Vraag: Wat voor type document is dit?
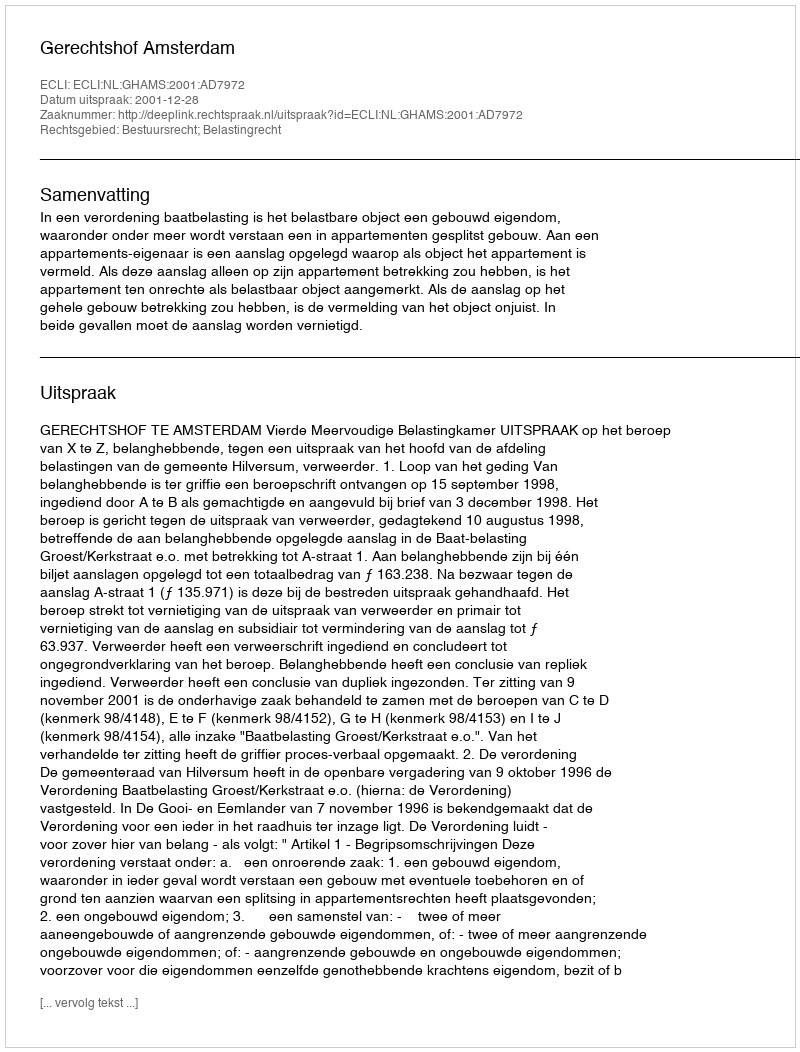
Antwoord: Uitspraak